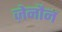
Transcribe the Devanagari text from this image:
ज़ेनौन